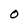
Character: O